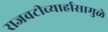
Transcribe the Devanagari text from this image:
राजवटीच्यार्हासामुळे